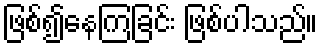
ဖြစ်၍နေကြခြင်း ဖြစ်ပါသည်။